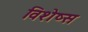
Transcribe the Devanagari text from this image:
विशेष्स